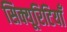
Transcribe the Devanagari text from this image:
सिक्यूरिटियाँ